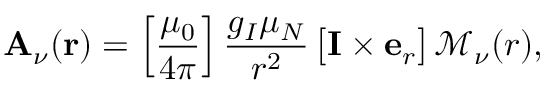
\mathbf { A } _ { \nu } ( \mathbf { r } ) = \left[ { \frac { { \mu _ { 0 } } } { { 4 \pi } } } \right] \frac { g _ { I } \mu _ { N } } { r ^ { 2 } } \, \big [ \mathbf { I } \times \mathbf { e } _ { r } \big ] \, \mathcal { M } _ { \nu } ( r ) ,